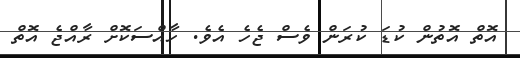
އޮތް އޮތުން ކުޑަ ކުރަން ވެސް ޖެހެ އެވެ. ހާއްސަކޮށް ރާއްޖެ އޮތް